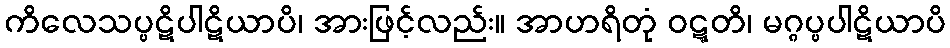
ကိလေသပ္ပဋိပါဋိယာပိ၊ အားဖြင့်လည်း။ အာဟရိတုံ ဝဋ္ဋတိ၊ မဂ္ဂပ္ပပါဋိယာပိ